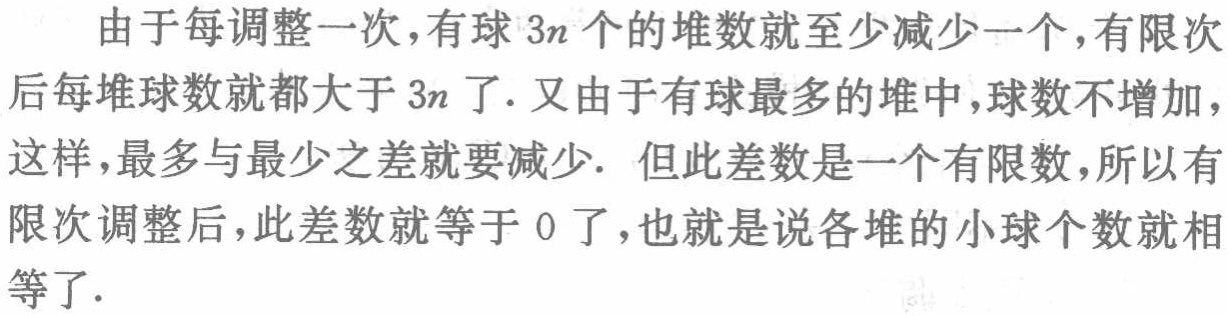
由于每调整一次，有球 \(3n\) 个的堆数就至少减少一个，有限次后每堆球数就都大于 \(3n\) 了. 又由于有球最多的堆中，球数不增加，这样，最多与最少之差就要减少. 但此差数是一个有限数，所以有限次调整后，此差数就等于 \(0\) 了，也就是说各堆的小球个数就相等了.